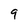
Character: 9